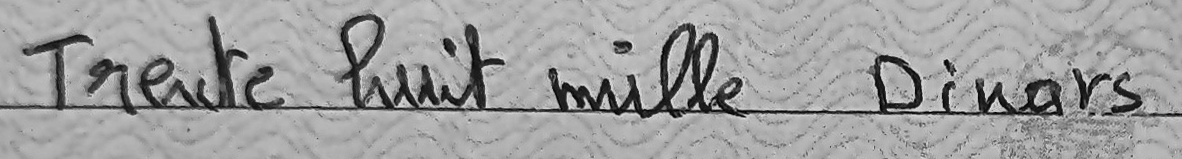
Trente huit mille Dianrs